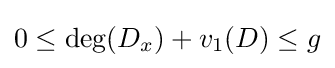
0\leq \deg(D_{x})+v_{1}(D)\leq g